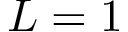
L = 1